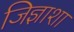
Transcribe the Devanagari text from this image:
जिज्ञाशा